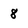
Character: 8